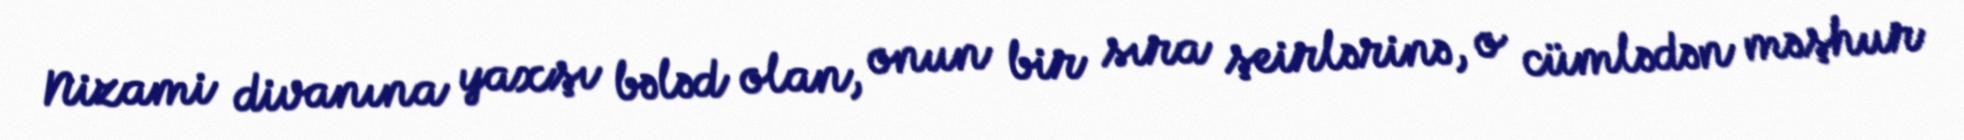
Nizami divanına yaxşı bələd olan, onun bir sıra şeirlərinə, o cümlədən məşhur